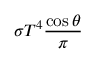
\sigma T ^ { 4 } { \frac { \cos \theta } { \pi } }